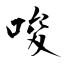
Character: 唆